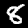
Label: 8